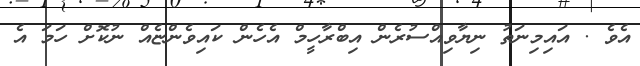
އެވެ . އައިމިނަތު ނިޔާވިއްސުރެން އިބްރާހީމް އެހެން ކައިވެންޏެއް ނުކޮށް ހަމަ އެ